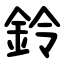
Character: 鈴